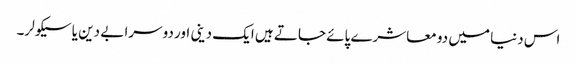
اس دنیا میں دو معاشرے پائے جاتے ہیں ایک دینی اور دوسرا بے دین یا سیکولر۔